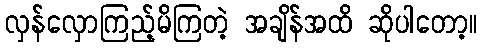
လှန်လှောကြည့်မိကြတဲ့ အချိန်အထိ ဆိုပါတော့။